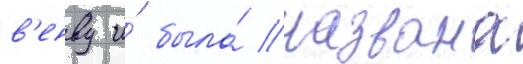
в'енву и́ была́ названа